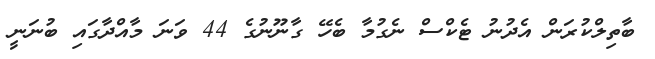
ބާތިލްކުރަން އެދުނު ޓެކްސް ނެގުމާ ބެހޭ ގާނޫނުގެ 44 ވަނަ މާއްދާގައި ބުނަނީ